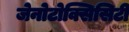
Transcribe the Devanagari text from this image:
जेनोटोक्सिसिटी